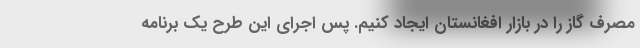
مصرف گاز را در بازار افغانستان ایجاد کنیم. پس اجرای این طرح یک برنامه